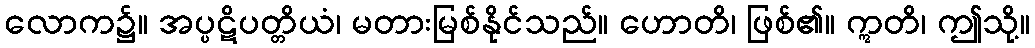
လောက၌။ အပ္ပဋိပတ္တိယံ၊ မတားမြစ်နိုင်သည်။ ဟောတိ၊ ဖြစ်၏။ ဣတိ၊ ဤသို့။